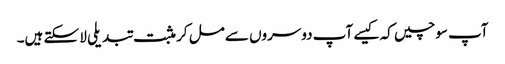
آپ سوچیں کہ کیسے آپ دوسروں سے مل کر مثبت تبدیلی لا سکتے ہیں۔